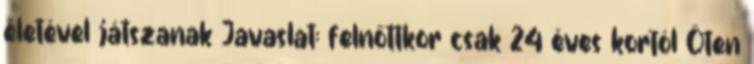
életével játszanak Javaslat: felnőttkor csak 24 éves kortól Öten